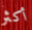
أكثر